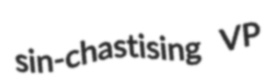
sin-chastising VP